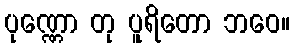
ပုဏ္ဏော တု ပူရိတော ဘဝေ။